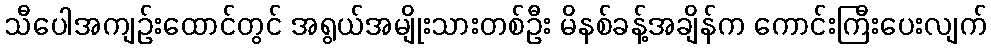
သီပေါအကျဉ်းထောင်တွင် အရွယ်အမျိုးသားတစ်ဦး မိနစ်ခန့်အချိန်က ကောင်းကြီးပေးလျက်